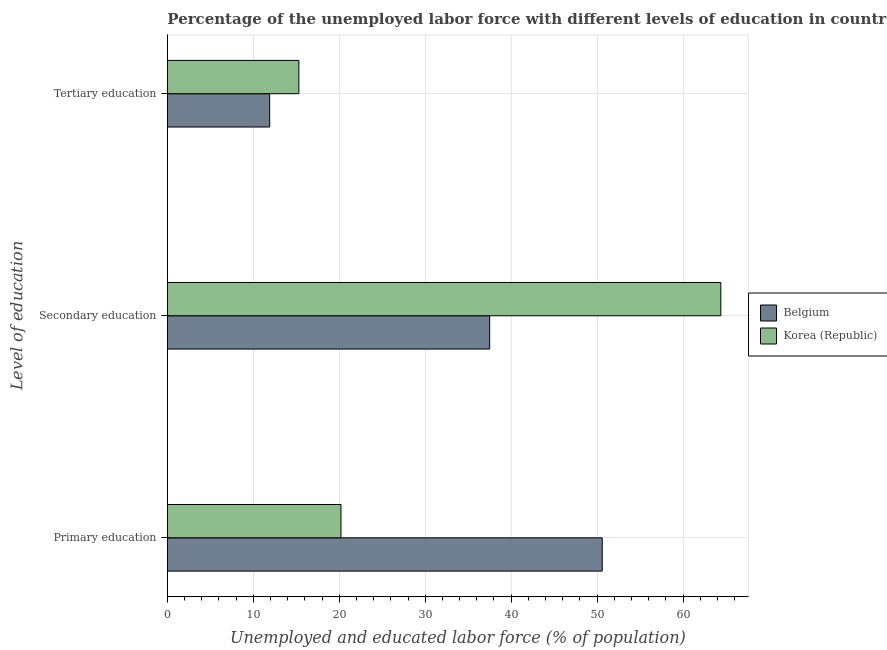
| Level of education | Belgium | Korea (Republic) |
 | --- | --- | --- |
 | Primary education | 50.6 | 20.2 |
 | Secondary education | 37.5 | 64.4 |
 | Tertiary education | 11.9 | 15.3 |